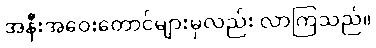
အနီးအဝေးတောင်များမှလည်း လာကြသည်။